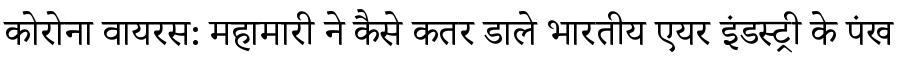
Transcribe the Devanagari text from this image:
कोरोना वायरस: महामारी ने कैसे कतर डाले भारतीय एयर इंडस्ट्री के पंख